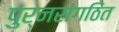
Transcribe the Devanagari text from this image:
पुर्नसंगठित